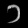
Digit: ၁